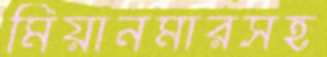
মিয়ানমারসহ